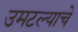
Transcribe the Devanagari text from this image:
उमटल्याचे